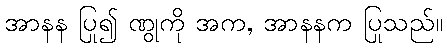
အာနန ပြု၍ ဏွုကို အက, အာနနက ပြုသည်။